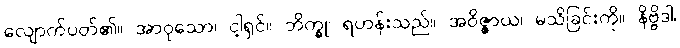
လျောက်ပတ်၏။ အာဝုသော၊ ငါ့ရှင်။ ဘိက္ခု၊ ရဟန်းသည်။ အဝိဇ္ဇာယ၊ မသိခြင်းကို။ နိဗ္ဗိဒါ၊